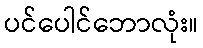
ပင်ပေါင်ဘောလုံး။